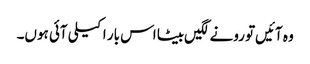
وہ آئیں‌تو رونے لگیں‌بیٹا اس بار اکیلی آئی ہوں۔